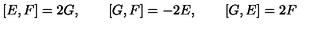
[ E , F ] = 2 G , \qquad [ G , F ] = - 2 E , \qquad [ G , E ] = 2 F